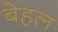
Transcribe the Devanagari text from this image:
बेहल